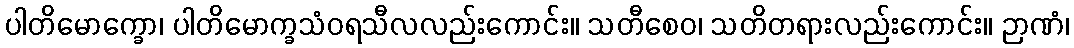
ပါတိမောက္ခော၊ ပါတိမောက္ခသံဝရသီလလည်းကောင်း။ သတီစေဝ၊ သတိတရားလည်းကောင်း။ ဉာဏံ၊